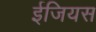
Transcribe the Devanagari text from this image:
ईजियस